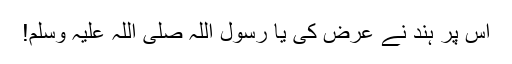
اس پر ہند نے عرض کی یا رسول اللہ صلی اللہ علیہ وسلم!